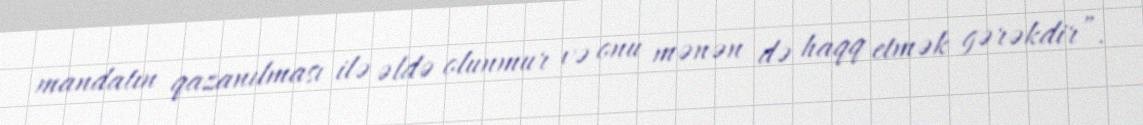
mandatın qazanılması ilə əldə olunmur və onu mənən də haqq etmək gərəkdir”.